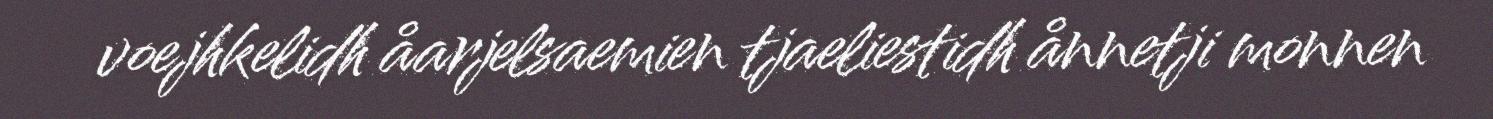
voejhkelidh åarjelsaemien tjaeliestidh ånnetji monnen